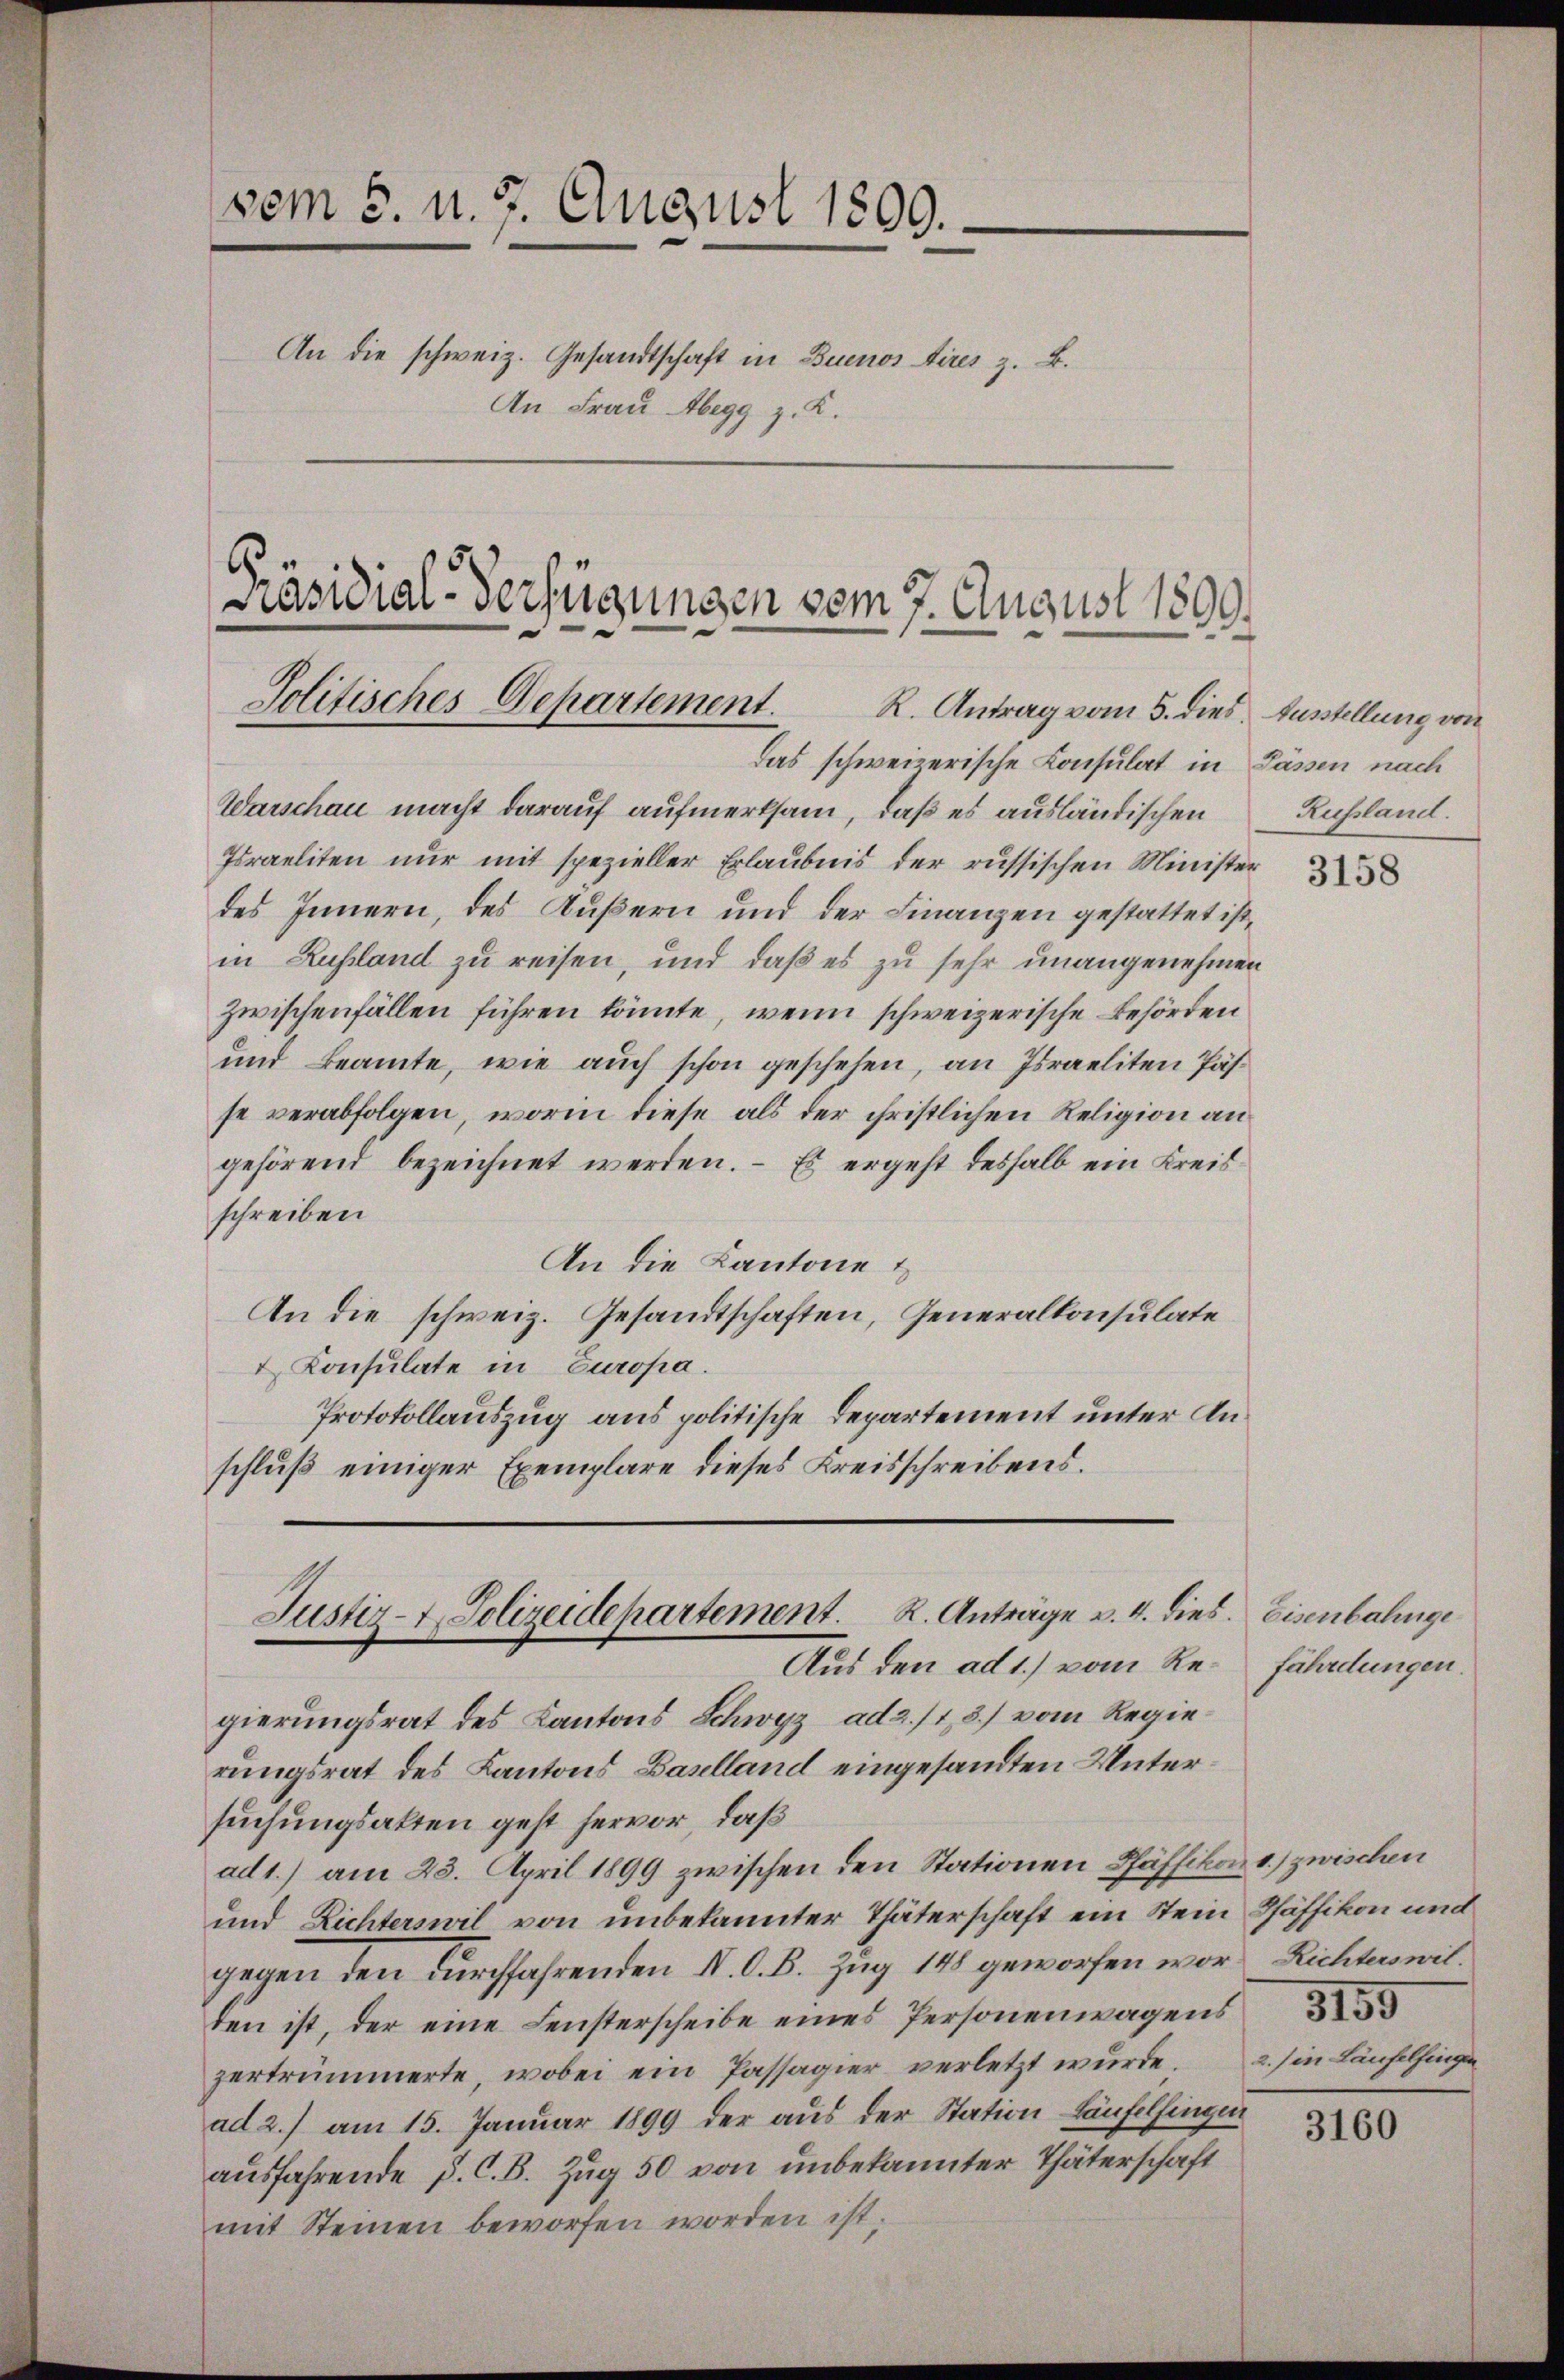
vom 5. d. 7. August 1809.
An die schweiz. Gesandtschaft in Buenos Aires z. B.
An Frau Abegg z. K.

Präsidial-Verfügungen vom 7. August 1899.
Jolitisches Departement. R. Antrag vom 5. dies Ausstellung von

Das schweizerische Konsulat in Pässen nach
Warschau macht darauf aufmerksam, daß es ausländischen
Israeliten nur mit spezieller Erlaubnis der russischen Minister
des Innern, des Äußern und der Finanzen gestattet ist,
in Russland zu reisen, und daß es zu sehr unangenehmen
zwischenfällen führen könnte, wenn schweizerische Behörden
und Beamte, wie auch schon geschehen, an Israeliten Pässe verabfolgen, worin diese als der christlichen Religion an
gehörend bezeichnet werden. – Es ergeht deshalb ein Kreis
schreiben
An die Kantone
An die schweiz. Gesandtschaften, Generalkonsulate
Consulate in Europa.
Protokollauszug aus politische Departement unter Anschluß einiger Exemplare dieses Kreisschreibens.

Justiz- & Polizeidepartement. R. Anträge v. 4. dies. Eisenbahnge
Aus den ad 1.) vom Re¬

gierungsrat des Kantons Schwyz ad 2./13.) vom Regierungsrat des Kantons Baselland eingesandten Untersuchungsakten geht hervor, daß
ad 1.) am 23. April 1899 zwischen den Stationen Pfäffikon 1.) zwischen
und Richterswil von unbekannter Thäterschaft ein Stein Pfäffikon und
gegen den durchfahrenden N. O. B. Zug 148 geworfen word Richterswilden ist, der eine Fensterscheibe eines Personenwagens
zertrümmerte, wobei ein Passagier verletzt wurde.
ad 2.) am 15. Januar 1899 der aus der Station Laufelfingen
ausfahrende P. C. B. Zug 50 von unbekannter Thäterschaft
mit Steinen beworfen worden ist,

Russland.

3158

fährdungen.

2.) in Laufelfingen

3160